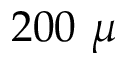
2 0 0 ~ \mu